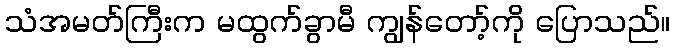
သံအမတ်ကြီးက မထွက်ခွာမီ ကျွန်တော့်ကို ပြောသည်။